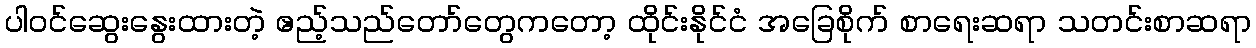
ပါဝင်ဆွေးနွေးထားတဲ့ ဧည့်သည်တော်တွေကတော့ ထိုင်းနိုင်ငံ အခြေစိုက် စာရေးဆရာ သတင်းစာဆရာ